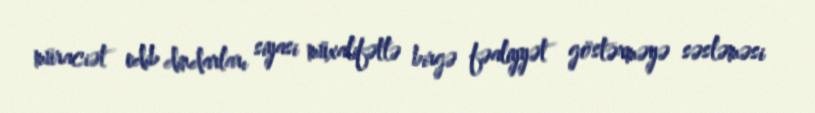
müraciət edib dindarları siyasi müxalifətlə birgə fəaliyyət göstərməyə səsləməsi